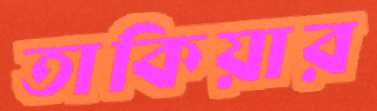
তাকিয়ার